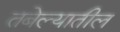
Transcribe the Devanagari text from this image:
तबेल्यातील